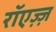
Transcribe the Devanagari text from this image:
रॉएज़्ज़